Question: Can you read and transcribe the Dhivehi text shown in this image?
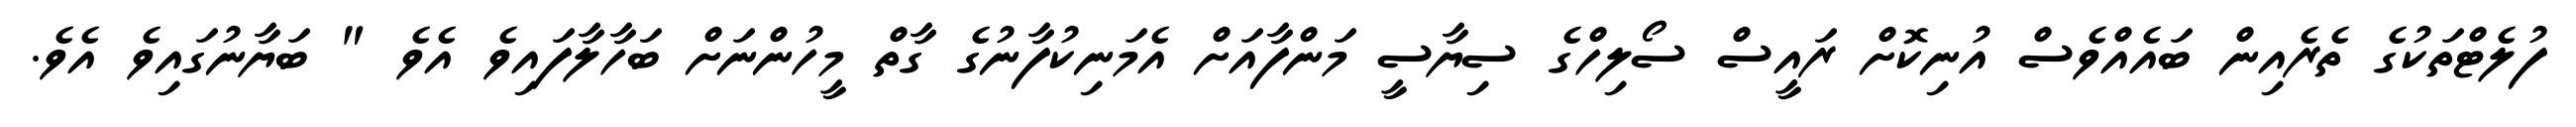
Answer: ފުލެޓްތަކުގެ ތެރެއިން ބައެއްވެސް އުނިކޮށް ރައީސް ސޯލިހްގެ ސިޔާސީ މަންފާއަށް އެމަނިކުފާނުގެ ގާތް މީހުންނަށް ބަހާލާފައިވެ އެވެ " ބަޔާނުގައިވެ އެވެ.